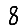
Digit: 8